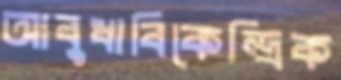
আবুধাবিকেন্দ্রিক